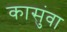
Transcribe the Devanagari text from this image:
कासुंवा